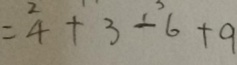
= 4 + 3 - 6 + 9